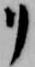
リ